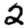
Digit: 2